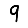
Digit: 9